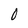
Character: O